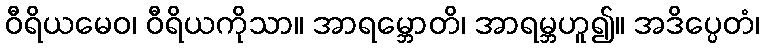
ဝီရိယမေဝ၊ ဝီရိယကိုသာ။ အာရမ္ဘောတိ၊ အာရမ္ဘဟူ၍။ အဒိပ္ပေတံ၊